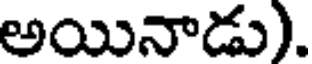
అయినాడు).